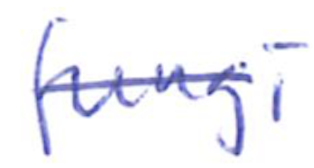
Text: fungi
Cross-out: mix
Writing tool: ballpoint